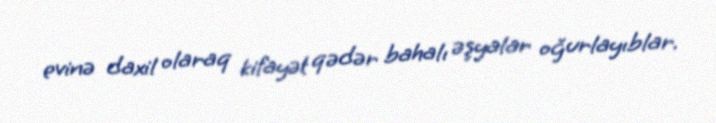
evinə daxil olaraq kifayət qədər bahalı əşyalar oğurlayıblar.